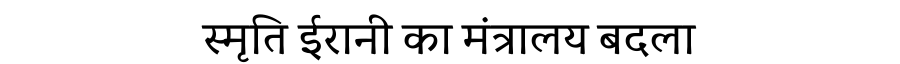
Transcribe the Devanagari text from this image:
स्मृति ईरानी का मंत्रालय बदला